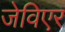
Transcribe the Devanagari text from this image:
जेविएर